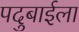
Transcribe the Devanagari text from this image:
पदुबाईला